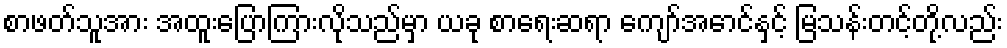
စာဖတ်သူအား အထူးပြောကြားလိုသည်မှာ ယခု စာရေးဆရာ ကျော်အောင်နှင့် မြသန်းတင့်တို့လည်း